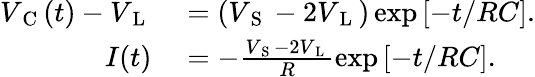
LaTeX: \begin{array}{rl}{V_{\mathrm{~C~}}(t)-V_{\mathrm{~L~}}}&{{}=(V_{\mathrm{~S~}}-2V_{\mathrm{~L~}})\exp\left[-t/RC\right].}\\ {I(t)}&{{}=-\frac{V_{\mathrm{~S~}}-2V_{\mathrm{~L~}}}{R}\exp\left[-t/RC\right].}\end{array}